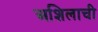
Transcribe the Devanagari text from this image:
अशिलाची